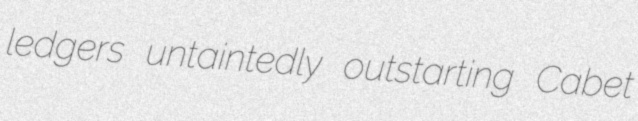
ledgers untaintedly outstarting Cabet